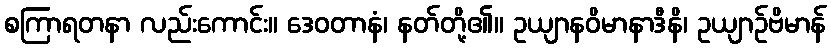
စကြာရတနာ လည်းကောင်း။ ဒေဝတာနံ၊ နတ်တို့၏။ ဥယျာနဝိမာနာဒီနိ၊ ဥယျာဉ်ဗိမာန်